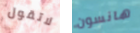
لاتقول هانسون